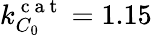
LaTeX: k_{C_{0}}^{\mathrm{~c~a~t~}}=1.15